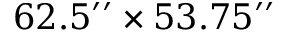
6 2 . 5 ^ { \prime \prime } \times 5 3 . 7 5 ^ { \prime \prime }